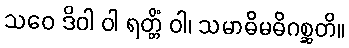
သဝေ ဒိဝါ ဝါ ရတ္တိံ ဝါ၊ သမာဓိမဓိဂစ္ဆတိ။